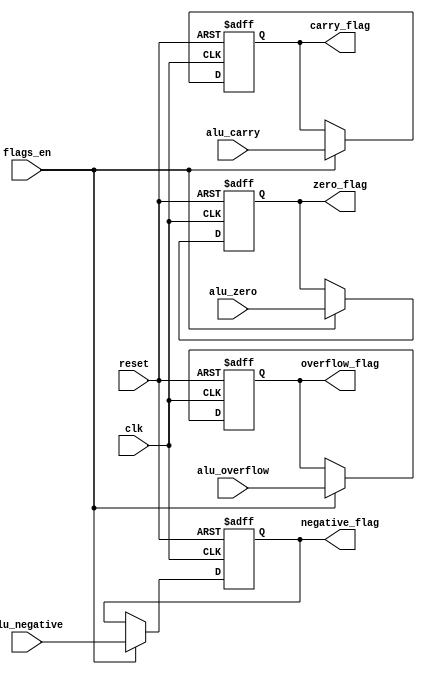
module Flags (
    input wire clk,
    input wire reset,
    input wire flags_en,
    input wire alu_zero,
    input wire alu_negative,
    input wire alu_carry,
    input wire alu_overflow,
    output reg zero_flag,
    output reg negative_flag,
    output reg carry_flag,
    output reg overflow_flag
);
    
    always @(posedge clk or posedge reset) begin
        if (reset) begin
            zero_flag <= 1'b0;
            negative_flag <= 1'b0;
            carry_flag <= 1'b0;
            overflow_flag <= 1'b0;
        end else if (flags_en) begin
            zero_flag <= alu_zero;
            negative_flag <= alu_negative;
            carry_flag <= alu_carry;
            overflow_flag <= alu_overflow;
        end
    end
    
endmodule